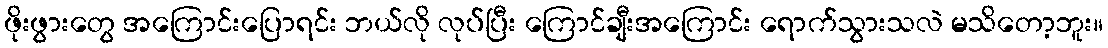
ဖိုးဖွားတွေ အကြောင်းပြောရင်း ဘယ်လို လုပ်ပြီး ကြောင်ချီးအကြောင်း ရောက်သွားသလဲ မသိတော့ဘူး။